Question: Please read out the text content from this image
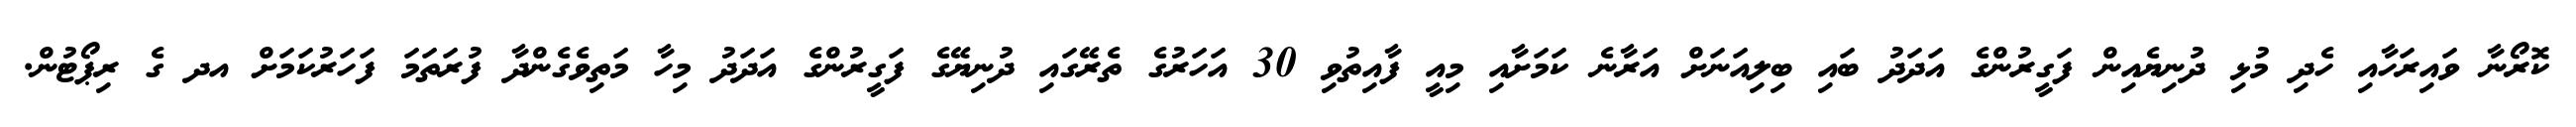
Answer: ކޮރޯނާ ވައިރަހާއި ހެދި މުޅި ދުނިޔެއިން ފަގީރުންގެ އަދަދު ބައި ބިލިއަނަށް އަރާނެ ކަމަށާއި މިއީ ފާއިތުވި 30 އަހަރުގެ ތެރޭގައި ދުނިޔޭގެ ފަގީރުންގެ އަދަދު މިހާ މަތިވެގެންދާ ފުރަތަމަ ފަހަރުކަމަށް އދ ގެ ރިޕޯޓުން.